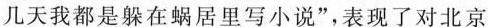
几天我都是躲在蜗居里写小说”，表现了对北京